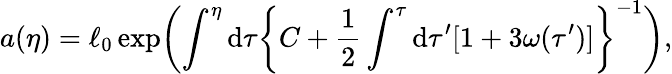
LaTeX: a(\eta)=\ell_{0}\exp\biggl(\int^{\eta}\mathrm{d}\tau\biggl\{ C+\frac{1}{2}\int^{\tau}\mathrm{d}\tau^{\prime}[1+3\omega(\tau^{\prime})]\biggr\} ^{-1}\biggr),